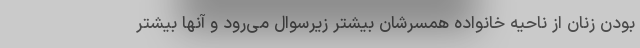
بودن زنان از ناحیه خانواده همسرشان بیشتر زیرسوال می‌رود و آنها بیشتر